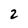
Character: 2